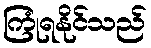
ကြုံရနိုင်သည်